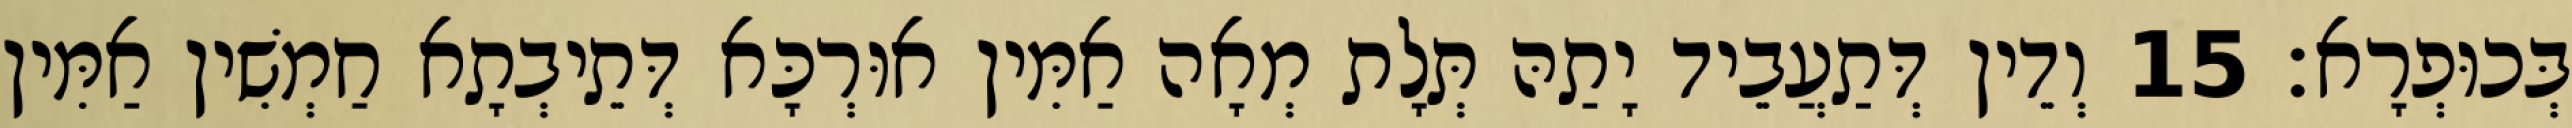
בְּכוּפְרָא׃ 15 וְדֵין דְּתַעֲבֵיד יָתַהּ תְּלָת מְאָה אַמִּין אוּרְכָּא דְּתֵיבְתָא חַמְשִׁין אַמִּין